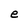
Character: e